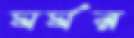
ঘর্ঘর